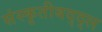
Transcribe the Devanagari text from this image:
संस्कृतीबद्द्ल